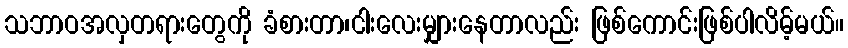
သဘာဝအလှတရားတွေကို ခံစားတာ၊ငါးလေးမျှားနေတာလည်း ဖြစ်ကောင်းဖြစ်ပါလိမ့်မယ်။